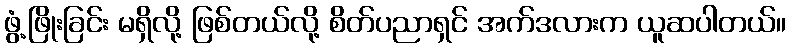
ဖွံ့ဖြိုးခြင်း မရှိလို့ ဖြစ်တယ်လို့ စိတ်ပညာရှင် အက်ဒလားက ယူဆပါတယ်။